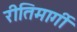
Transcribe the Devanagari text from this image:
रीतिमार्गी